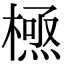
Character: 𭫸